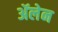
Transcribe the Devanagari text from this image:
ॲलेन